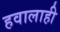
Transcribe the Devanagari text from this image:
हवालाही